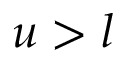
u > l